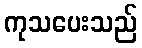
ကုသပေးသည်